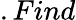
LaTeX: .Find